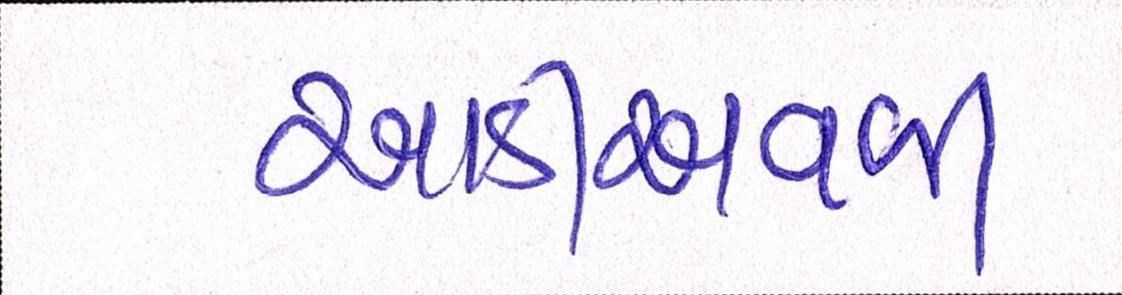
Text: આડીઅવળી